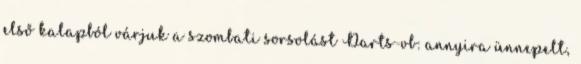
első kalapból várjuk a szombati sorsolást Darts-vb: annyira ünnepelt,